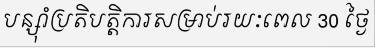
បន្ស៊ាំប្រតិបត្តិការសម្រាប់រយៈពេល 30 ថ្ងៃ